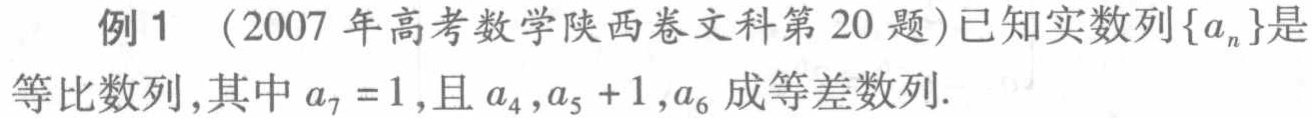
例1 （2007年高考数学陕西卷文科第20题）已知实数列\(\{a_{n}\}\)是等比数列,其中\(a_{7} = 1\),且\(a_{4},a_{5} + 1,a_{6}\)成等差数列.